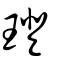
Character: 璒